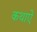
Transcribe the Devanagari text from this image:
कथाऐं